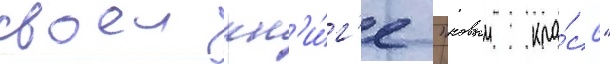
своеи кн'и́г'е "новыи кла́сс"